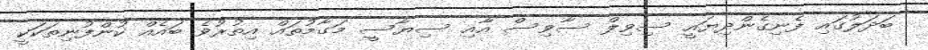
ބަދަލުގައި ފެނިގެންދިޔައީ ސިވިލް ސާވިސް އާއި ސިޔާސީ މަގާމުތައް އިތުރުވެ ބައެއް ކުންފުނިތަކަކީ